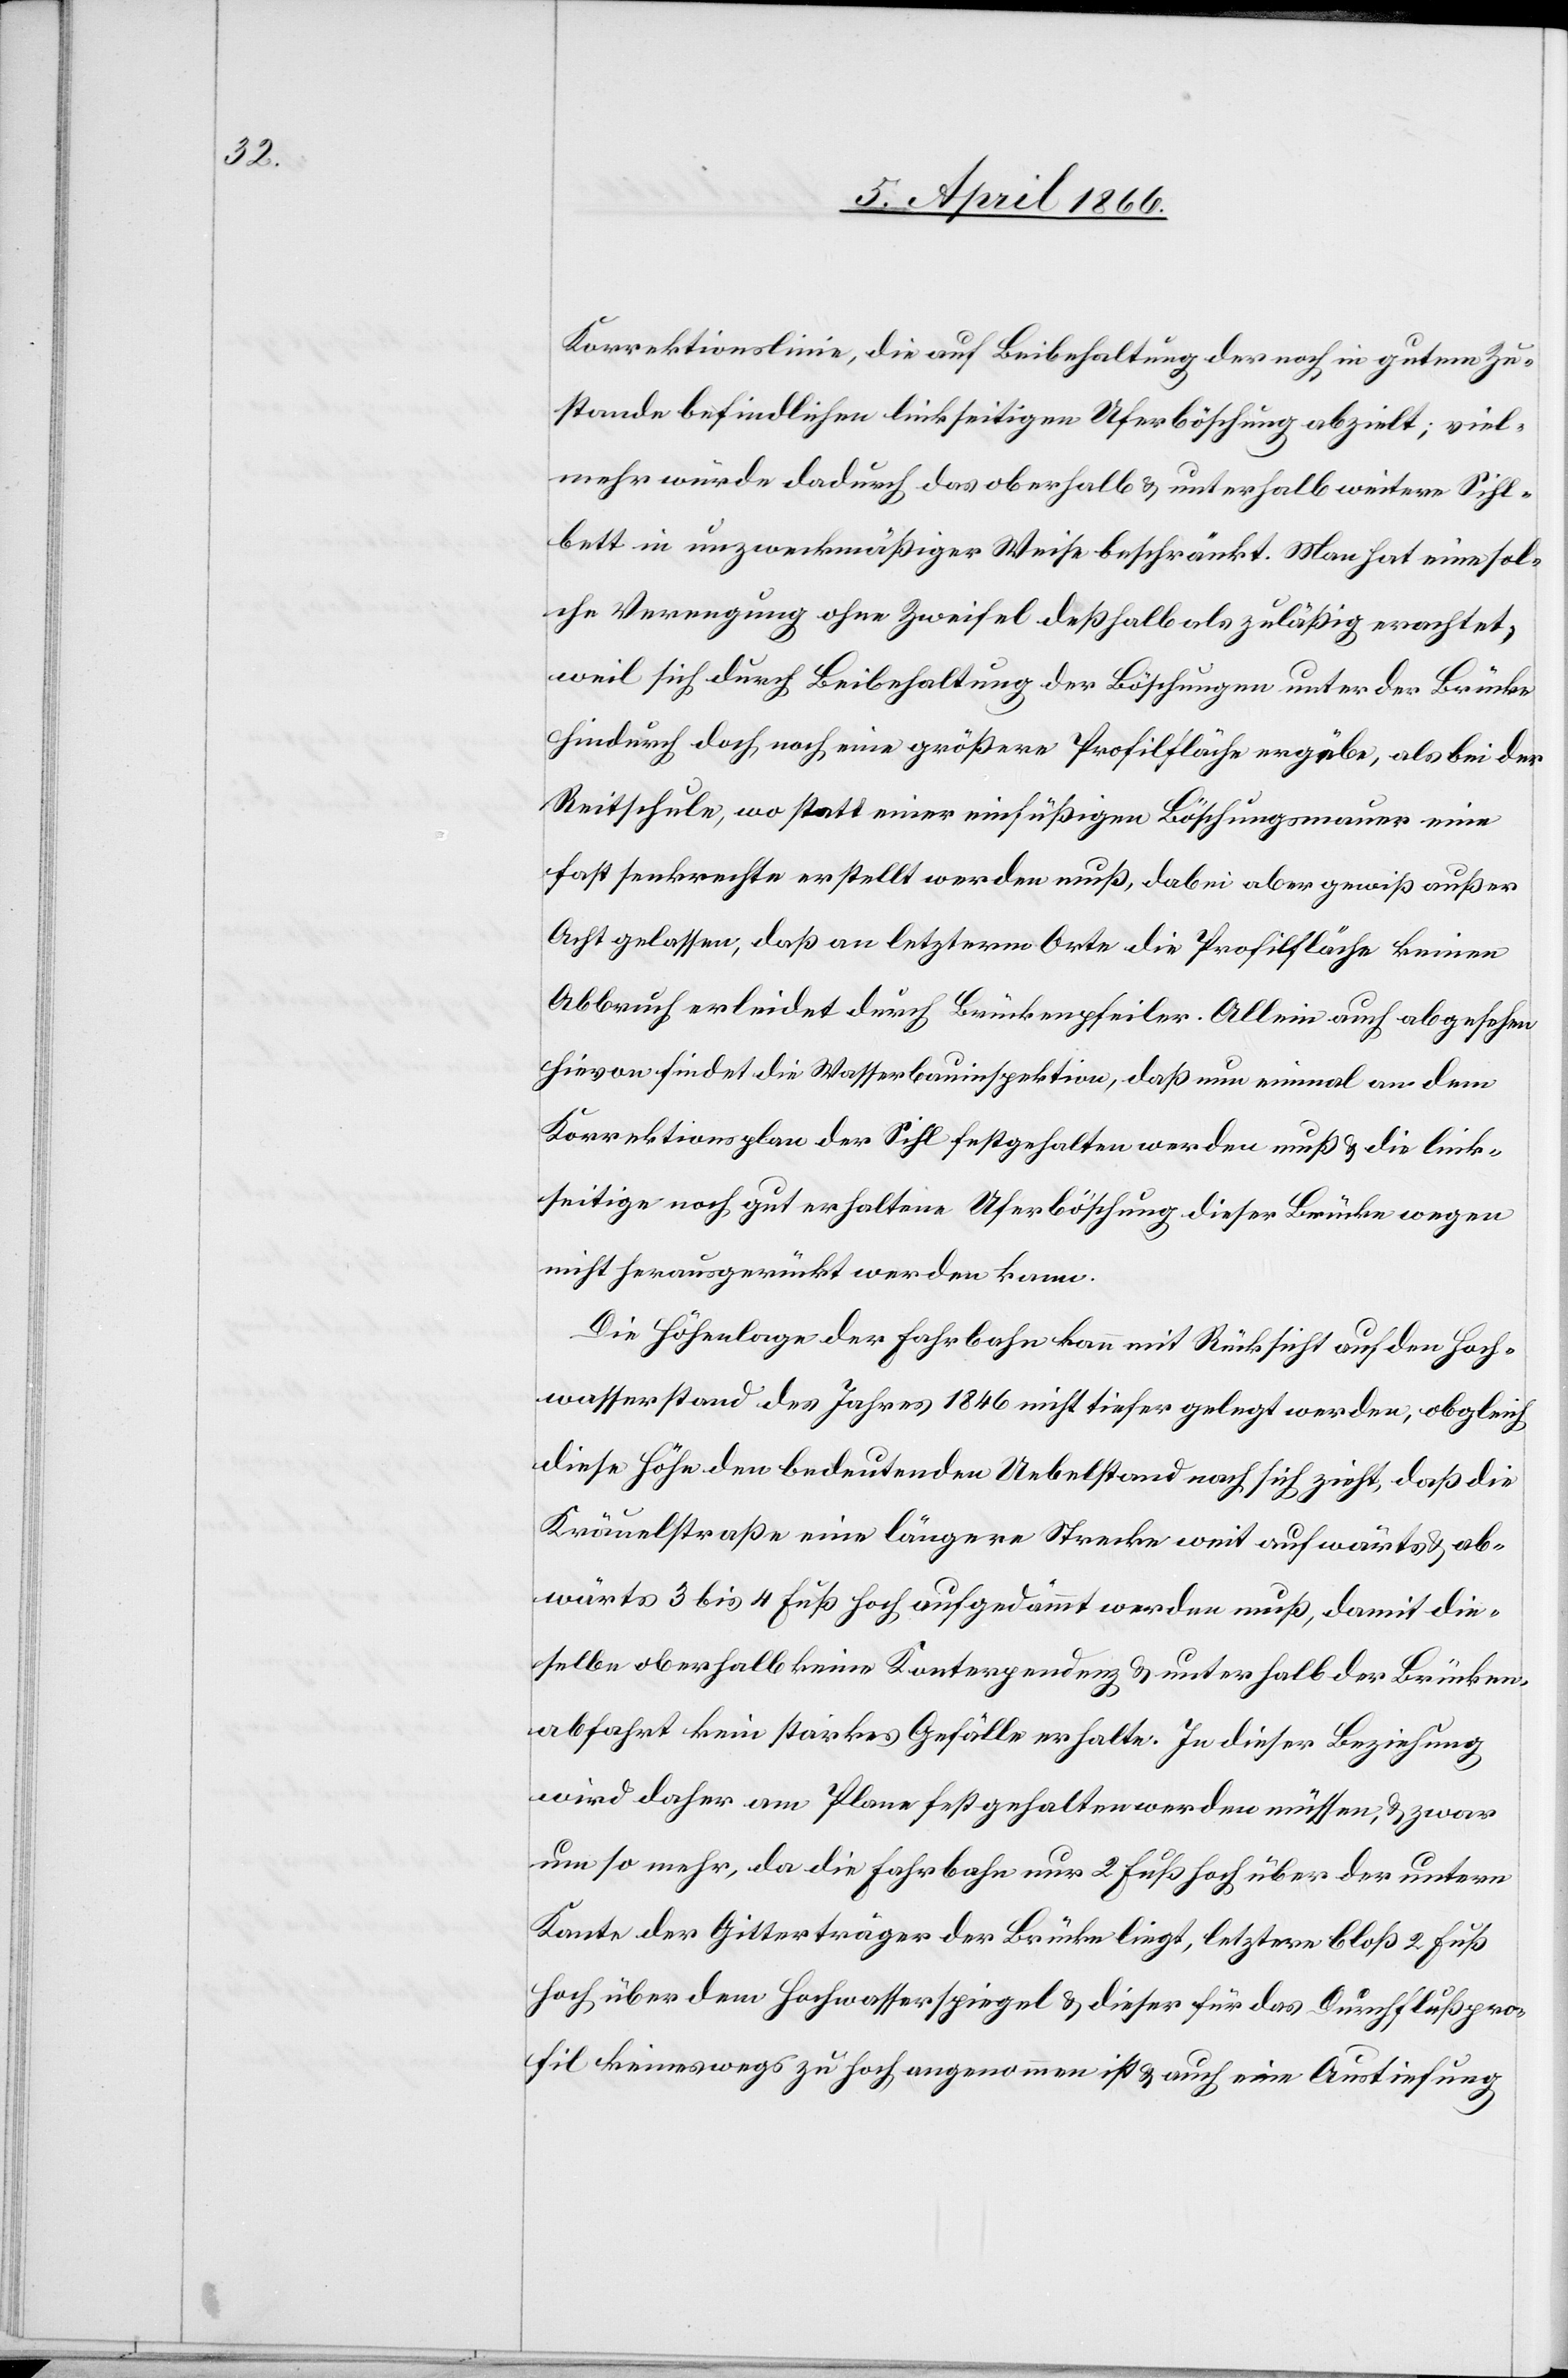
Korrektionslinie, die auf Beibehaltung der noch in gutem Zu¬
stande befindlichen linkseitigen Uferböschung abzielt; viel¬
mehr würde dadurch das oberhalb u. unterhalb weitere Sihl¬
bett in unzweckmäßiger Weise beschränkt. Man hat eine sol¬
che Verengung ohne Zweifel deßhalb als zuläßig erachtet,
weil sich durch Beibehaltung der Böschungen unter der Brücke
hindurch doch noch eine größere Profilfläche ergäbe, als bei der
Reitschule, wo statt einer einfüßigen Böschungsmauer eine
fast senkrechte erstellt werden muß, dabei aber gewiß außer
Acht gelassen, daß en letzterm Orte die Profilfläche keinen
Abbruch erleidet durch Brückenpfeiler. Allein auch abgesehen
hievon findet die Wasserbauinspektion, daß nun einmal an dem
Korrektionsplan der Sihl festgehalten werden muß u. die link¬
seitige noch gut erhaltene Uferböschung dieser Brücke wegen
nicht herausgerückt werden kann.
Die Höhenlage der Fahrbahn kann mit Rücksicht auf den Hoch¬
wasserstand des Jahres 1846 nicht tiefer gelegt werden, obgleich
diese Höhe den bedeutenden Uebelstand nach sich zieht, daß die
Kräuelstraße eine längere Strecke weit aufwärts u. ab¬
wärts 3 bis 4 Fuß hoch aufgedämmt werden muß, damit die¬
selbe oberhalb keine Konterpendenz u. unterhalb der Brücken¬
abfahrt kein starkes Gefälle erhalte. In dieser Beziehung
wird daher am Plane festgehalten werden müssen, u. zwar
um so mehr, da die Fahrbahn nur 2 Fuß hoch über der untern
Kante der Gitterträger der Brücke liegt, letztere bloß 2 Fuß
hoch über dem Hochwasserspiegel u. dieser für das Durchflußpro¬
fil keineswegs zu hoch angenommen ist u. auch eine Austiefung